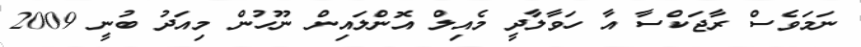
ނަމަވެސް ރާޖަކްސާ އާ ހަވާލާދީ މެއިލް އޮންލައިން ނޫހުން މިއަދު ބުނީ 2009